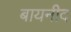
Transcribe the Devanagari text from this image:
बायनीद